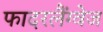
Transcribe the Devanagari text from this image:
फादरलैंग्वेज